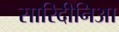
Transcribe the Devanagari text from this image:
सारिदीनिआ